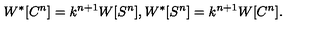
W ^ { * } [ C ^ { n } ] = k ^ { n + 1 } W [ S ^ { n } ] , W ^ { * } [ S ^ { n } ] = k ^ { n + 1 } W [ C ^ { n } ] .